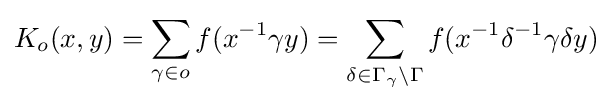
K_{o}(x,y)=\sum _{\gamma \in o}f(x^{-1}\gamma y)=\sum _{\delta \in \Gamma _{\gamma }\backslash \Gamma }f(x^{-1}\delta ^{-1}\gamma \delta y)